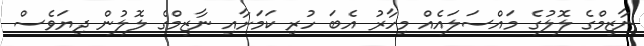
ނާޒިމްގެ ލޮލުގެ މައްސަލައެއް މިހާރު އެބަ ހުރި ކަމަށާއި ނާޒިމްގެ ލޮލުން ދިޔަވެސް